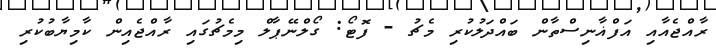
ރާއްޖެއާއި އަފްޣާނިސްތާން ބައްދަލުކުރި މެޗު - ފޮޓޯ: ގޯލްނޭޕާލް މިމެޗުގައި ރާއްޖެއިން ކާމިޔާބުކުރި